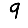
Digit: 9